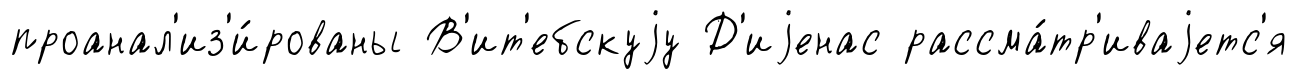
проанал'из'и́рованы В'ит'ебскуjу Д'иjенас рассма́тр'иваjетс'я